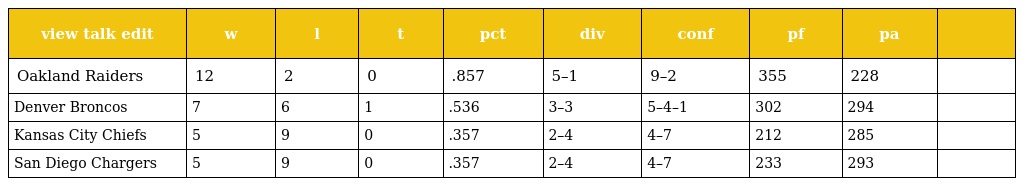
| view talk edit | w | l | t | pct | div | conf | pf | pa |  |
 | --- | --- | --- | --- | --- | --- | --- | --- | --- | --- |
 | Oakland Raiders | 12 | 2 | 0 | .857 | 5–1 | 9–2 | 355 | 228 |  |
 | Denver Broncos | 7 | 6 | 1 | .536 | 3–3 | 5–4–1 | 302 | 294 |  |
 | Kansas City Chiefs | 5 | 9 | 0 | .357 | 2–4 | 4–7 | 212 | 285 |  |
 | San Diego Chargers | 5 | 9 | 0 | .357 | 2–4 | 4–7 | 233 | 293 |  |